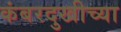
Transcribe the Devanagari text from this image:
कंबरदुखीच्या